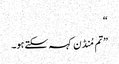
“
”تم مُنڈن کہہ سکتے ہو۔